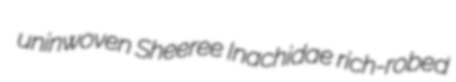
uninwoven Sheeree Inachidae rich-robed